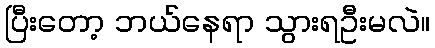
ပြီးတော့ ဘယ်နေရာ သွားရဦးမလဲ။